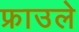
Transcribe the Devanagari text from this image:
फ्राउले